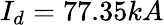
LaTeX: I_{d}=77.35kA